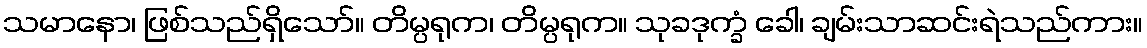
သမာနော၊ ဖြစ်သည်ရှိသော်။ တိမ္ပရုက၊ တိမ္ပရုက။ သုခဒုက္ခံ ခေါ၊ ချမ်းသာဆင်းရဲသည်ကား။